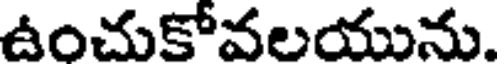
ఉంచుకోవలయును.